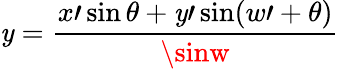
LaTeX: \mathit{y}=\frac{{x\prime\sin\theta+\mathit{y}\prime\sin(w\prime+\theta)}}{{\sinw}}